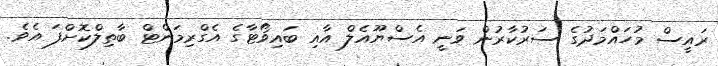
ރައީސް މުހައްމަދުގެ ސަރުކާރުން ވަނީ އެސްޔޫއެލް އާއި ބައިވޯޓާގެ އެގްރިމަންޓް ބާތިލްކޮށްފަ އެވެ.